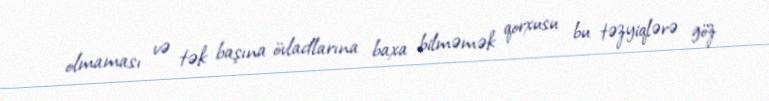
olmaması və tək başına övladlarına baxa bilməmək qorxusu bu təzyiqlərə göz